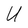
Character: U